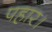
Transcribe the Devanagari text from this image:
पहार।